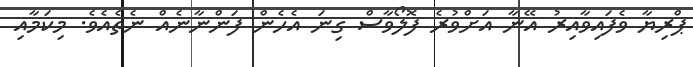
ޕްރިޔާ ވެފައިވާއިރު އޭނާ އަށްވުރެ ފޮލޯވާސް ގިނަ އެހެން ފަންނާނެއް ނެތެއެވެ. މިކަމާއި